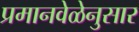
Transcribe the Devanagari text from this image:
प्रमानवेळेनुसार